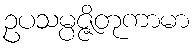
ဥပသမ္ပဇ္ဇိတုကာမာ